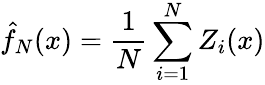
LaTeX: \hat{f}_{N}(x)=\frac{1}{N}\sum_{i=1}^{N}Z_{i}(x)